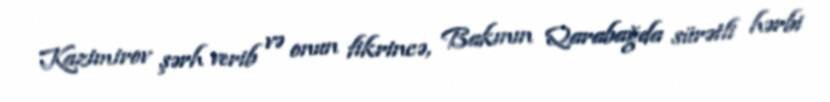
Kazimirov şərh verib və onun fikrincə, Bakının Qarabağda sürətli hərbi